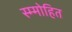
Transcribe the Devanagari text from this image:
स्म्मोहित